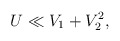
\begin{align*}U \ll V_1 + V_2^2, \end{align*}